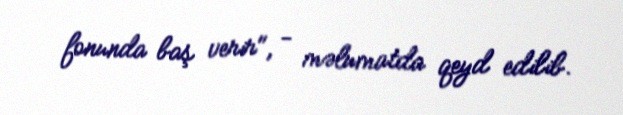
fonunda baş verir", - məlumatda qeyd edilib.